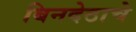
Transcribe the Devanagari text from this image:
बिनदेठाचे